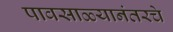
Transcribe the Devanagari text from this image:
पावसाळ्यानंतरचे